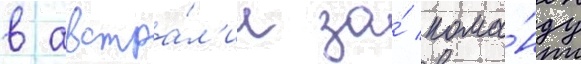
в австра́л'ии за́ кома́нду